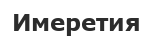
Имеретия